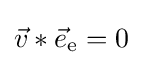
{\vec {v}}\ast {\vec {e}}_{\text{e}}=0